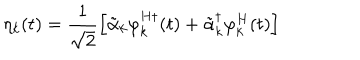
\eta _ { k } ( t ) = \frac { 1 } { \sqrt { 2 } } \left[ \tilde { \alpha } _ { k } \varphi _ { k } ^ { H \dagger } ( t ) + { \tilde { \alpha } } _ { k } ^ { \dagger } \varphi _ { k } ^ { H } ( t ) \right]